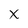
Character: X